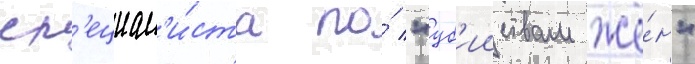
сп'ециал'и́ста по́ "уб'ииствам жё́н"